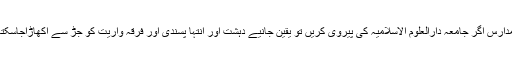
تمام مدارس اگر جامعہ دارالعلوم الاسلامیہ کی پیروی کریں تو یقین جانیے دہشت اور انتہا پسندی اور فرقہ واریت کو جڑ سے اکھاڑاجاسکتا ہے۔